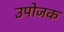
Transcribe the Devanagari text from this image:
उपोजक